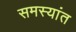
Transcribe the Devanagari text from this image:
समस्यांत